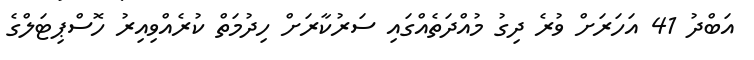
އަބްދު 41 އަހަރަށް ވުރެ ދިގު މުއްދަތެއްގައި ސަރުކާރަށް ހިދުމަތް ކުރެއްވިއިރު ހޮސްޕިޓަލްގެ